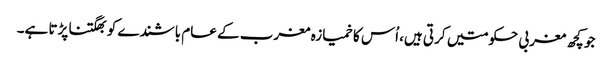
جو کچھ مغربی حکومتیں کرتی ہیں، اُس کا خمیازہ مغرب کے عام باشندے کو بھگتنا پڑتا ہے۔